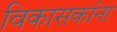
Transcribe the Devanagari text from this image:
विकासकांना